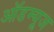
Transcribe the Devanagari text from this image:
ऑडम्यूज